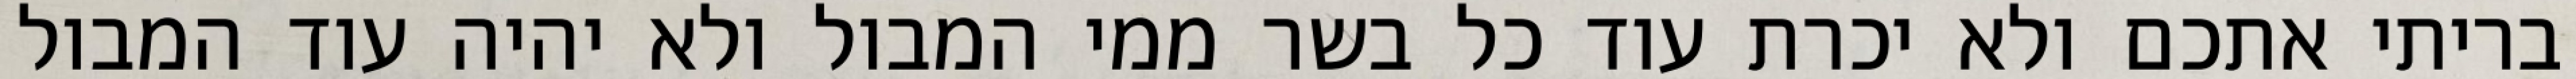
בריתי אתכם ולא יכרת עוד כל בשר ממי המבול ולא יהיה עוד המבול